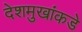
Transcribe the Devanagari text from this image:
देशमुखांकडे